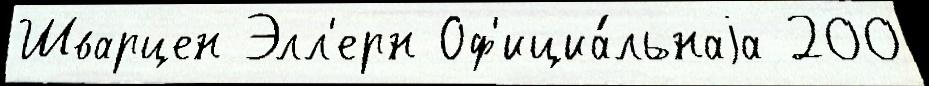
Шварцен Элл'ерн Оф'ициа́льнаjа 200